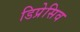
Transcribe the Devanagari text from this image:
डिप्रेसिव